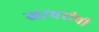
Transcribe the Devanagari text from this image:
खाचरांची